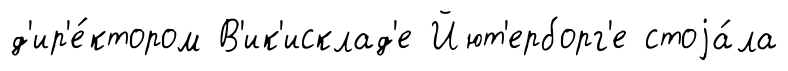
д'ир'е́ктором В'ик'исклад'е Йют'ерборг'е стоjа́ла